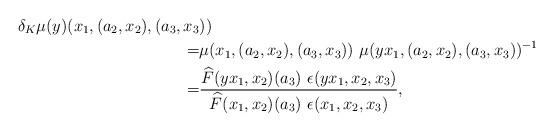
LaTeX: \begin{align*} \delta_K\mu (y) ( x_1,(a_2,x_2),(a_3,x_3& )) \\ =& \mu(x_1, (a_2,x_2),(a_3,x_3)) \ \mu(yx_1, (a_2,x_2),(a_3,x_3))^{-1}\\ =& \frac{\widehat{F}(yx_1,x_2)(a_3) \ \epsilon(yx_1,x_2,x_3)}{\widehat{F}(x_1,x_2)(a_3) \ \epsilon(x_1,x_2,x_3)}, \end{align*}